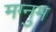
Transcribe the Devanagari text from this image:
मग्नुम